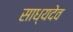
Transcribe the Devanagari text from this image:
साध्यदेव